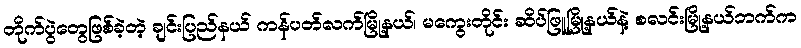
တိုက်ပွဲတွေဖြစ်ခဲ့တဲ့ ချင်းပြည်နယ် ကန်ပတ်လက်မြို့နယ်၊ မကွေးတိုင်း ဆိပ်ဖြူမြို့နယ်နဲ့ စလင်းမြို့နယ်ဘက်က